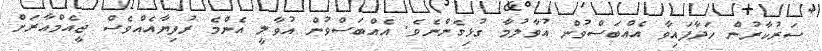
ސަރުކާރުން ހަދާފައިވާ އެއްބަސްވުން އުވާލުމާ ގުޅިގެންނެވެ. އެއްބަސްވުން އުވާލީ އެންމެ ރުފިޔާއެއްވެސް ޖީއެމްއާރަށް